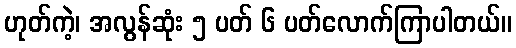
ဟုတ်ကဲ့၊ အလွန်ဆုံး ၅ ပတ် ၆ ပတ်လောက်ကြာပါတယ်။